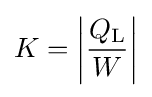
K=\left|{\frac {Q_{\text{L}}}{W}}\right|